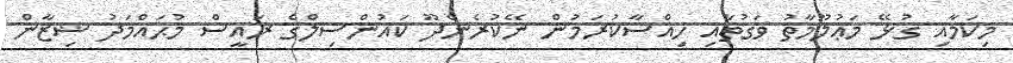
މިކަމާއި ގުޅޭ މަޢުލޫމާތު ވަގުތާއި ހިއްސާކުރަމުން ނޭކުރެންދޫ ކައުންސިލްގެ ރައީސް މުޙައްމަދު ޝިޒާން